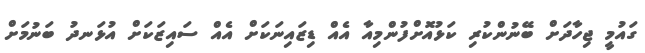
ގައުމީ ޖިހާދަށް ބޭނުންކުރި ކަޅުއޮށްފުންމިއާ އެއް ޑިޒައިނަކަށް އެއްް ސައިޒަކަށް އުޅަނދު ބަނުމަށް